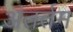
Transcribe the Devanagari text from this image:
अंतर्तम